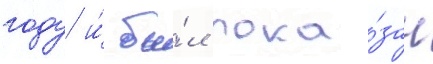
году и́ бы́л пока́зан